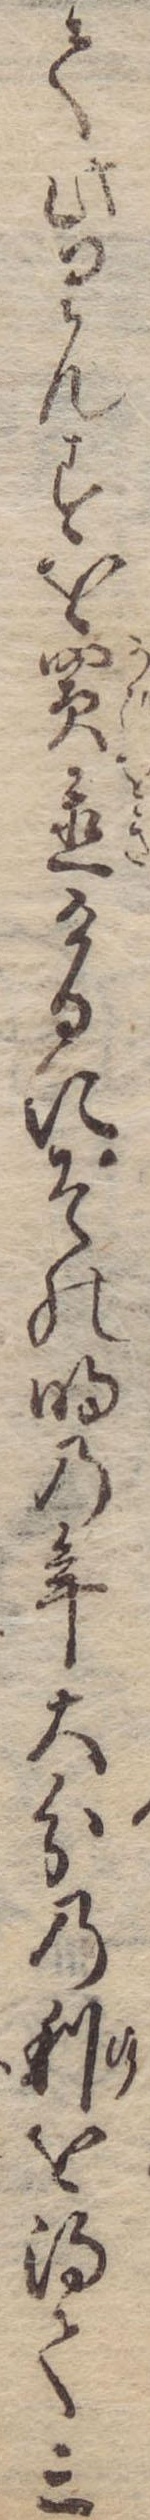
て此りんすを買置けるにその明の年大分の利を得て三